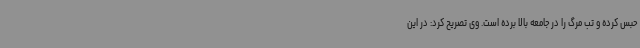
حبس کرده و تب مرگ را در جامعه بالا برده است. وی تصریح کرد: در این